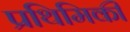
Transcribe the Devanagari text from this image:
प्रथिमिकी